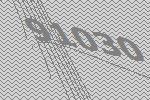
91030